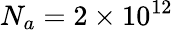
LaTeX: N_{a}=2\times 10^{12}